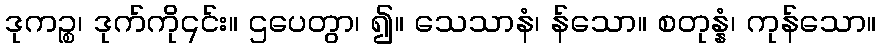
ဒုကဉ္စ၊ ဒုက်ကို၎င်း။ ဌပေတွာ၊ ၍။ သေသာနံ၊ န်သော။ စတုန္နံ၊ ကုန်သော။